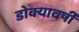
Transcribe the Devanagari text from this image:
डोक्यावर्षी